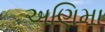
અણિમા